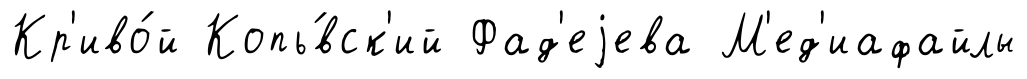
Кр'иво́й Копь́вск'ий Фад'еjева М'ед'иафайлы